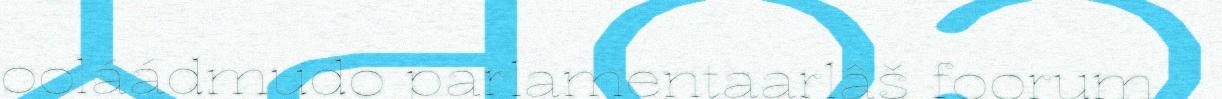
ooláádmudo parlamentaarlâš foorum